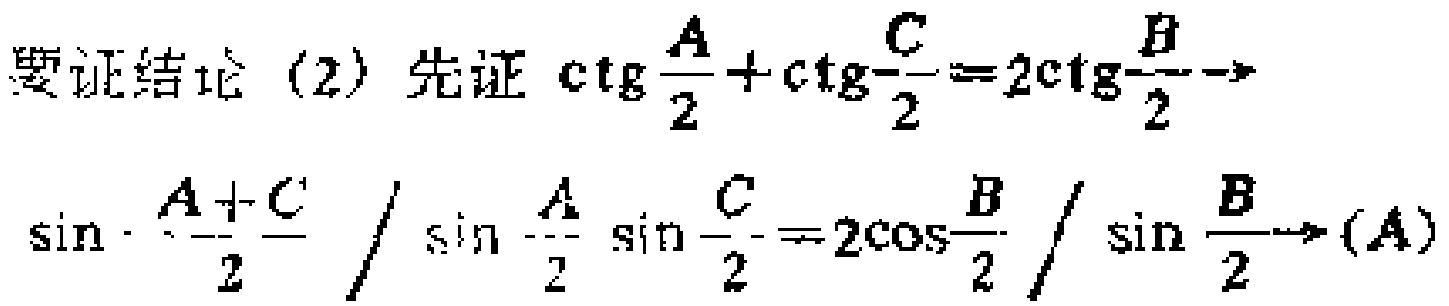
要证结论（2）先证\(\mathrm{ctg}\frac{A}{2}+\mathrm{ctg}\frac{C}{2}=2\mathrm{ctg}\frac{B}{2}\rightarrow\)
\(\sin\frac{A + C}{2}/\sin\frac{A}{2}\sin\frac{C}{2}=2\cos\frac{B}{2}/\sin\frac{B}{2}\rightarrow(A)\)